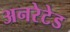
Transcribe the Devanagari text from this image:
अनरेटेड